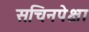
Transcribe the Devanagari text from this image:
सचिनपेक्षा